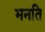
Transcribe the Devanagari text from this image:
भनति